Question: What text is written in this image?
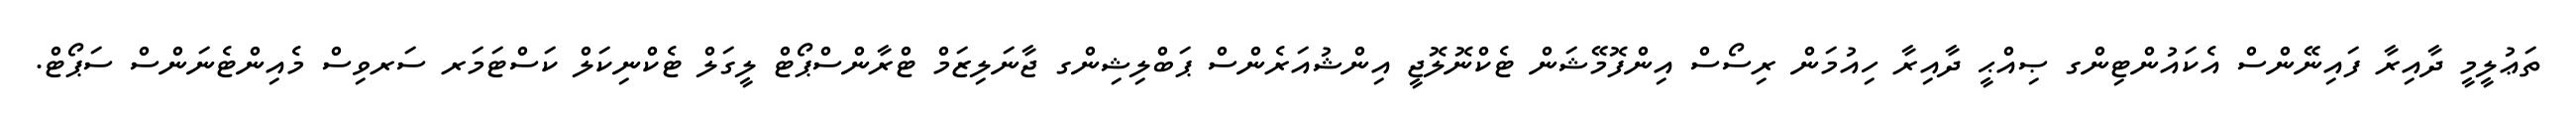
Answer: ތަޢުލީމީ ދާއިރާ ފައިނޭންސް އެކައުންޓިންގ ޞިއްޙީ ދާއިރާ ހިއުމަން ރިސޯސް އިންފޮމޭޝަން ޓެކްނޮލޮޖީ އިންޝުއަރެންސް ޕަބްލިޝިންގ ޖާނަލިޒަމް ޓްރާންސްޕޯޓް ލީގަލް ޓެކްނިކަލް ކަސްޓަމަރ ސަރވިސް މެއިންޓެނަންސް ސަޕޯޓް.